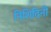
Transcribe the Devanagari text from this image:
निशिदिनी